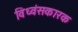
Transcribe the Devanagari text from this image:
विध्वंसकारक